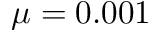
\mu = 0 . 0 0 1